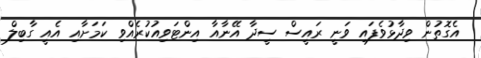
އެގޮތުން ވިދާޅުވެފައި ވަނީ ރައީސް ސީދާ އޭނާއާ އިންޓަވިއުކުރެއްވި ކަމަށާއި އެއީ ގާބިލް